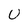
Character: U